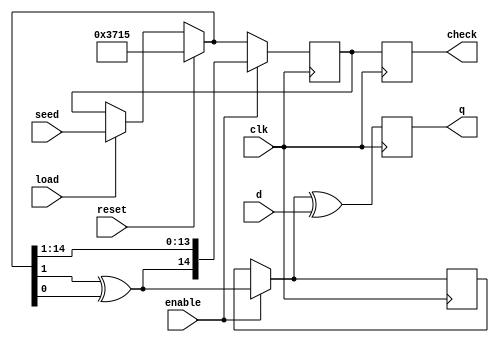
//*****************Randomizer**************************************
module Randomizer(input clk, input reset,input load,input wire[15:1] seed,input enable ,input d,output reg q,output reg[15:1]check);
reg [15:1] r_reg;
reg[15:1] r_next;
reg out;
initial begin 
r_reg=15'b011011100010101; //initialzed vector
end 
always @(posedge clk) 
begin
check=r_reg;
if(load) // if true , seed value that will be given in testbench will be set to r_reg
begin
r_reg=seed;
end
if(reset)
begin
r_reg=15'b011011100010101;
end
if(enable)
begin 
out=r_reg[2]^r_reg[1]; // 1,2 are bit [14] && bit[15] in sequence
r_next={out,r_reg[15:2]};
r_reg<=r_next;
end 
q=out^d;
end
endmodule
//******************Testbench************************************
module Randomizer_test_bench(check);
wire  q  ;
reg clk,reset,d,enable ;
output wire [15:1] check;

reg load; //should be reg to be change in initial begin block

reg [15:1] seed=15'b100100100100100;//initial value for the seed just for test , change it if you want

reg [96:1]hexaout; //The Data out in hexadecimal base
reg [96:1]hexain; //The Data in in hexadecimal base
localparam period=10;


Randomizer MB1(clk,reset,load,seed,enable,d,q,check);//calling randomizer module
always 
begin
#(period/2) clk=~clk;
end

initial begin 
$display(" time    r_reg          out  in  enable "); 

enable=0; //******NOTE******** "at this case because of enable=0, the data out will appear as " x" in transcript
 reset=1;
 clk=1;
 d=1;
hexain[96]=d;
//load=1;
$strobe(" %g     \t%b  \t%b  \t%b  \t%b  ",$time ,check,q,d,enable);
# (period) enable=1'b1; load=0; reset=0;
$strobe(" %g    \t%b  \t%b  \t%b  \t%b  ",$time ,check,q,d,enable);
#(period) d=1'b0;hexain[95]=d; //10
hexaout[96]=q;// the out (q )of the pervious time not the current
$strobe(" %g    \t%b  \t%b  \t%b  \t%b  ",$time ,check,q,d,enable);
# (period) d=1'b1; hexain[94]=d; //20
$strobe(" %g    \t%b  \t%b  \t%b  \t%b  ",$time ,check,q,d,enable);
hexaout[95]=q;
# (period) d=1'b0; hexain[93]=d; //30
$strobe(" %g    \t%b  \t%b  \t%b  \t%b  ",$time ,check,q,d,enable);
hexaout[94]=q;
//++++++++++++++++++++++++
# (period)  d=1'b1; hexain[92]=d;//40
$strobe(" %g    \t%b  \t%b  \t%b  \t%b  ",$time ,check,q,d,enable);
hexaout[93]=q;
# (period)  d=1'b1;hexain[91]=d; //50
$strobe(" %g    \t%b  \t%b  \t%b  \t%b  ",$time ,check,q,d,enable);
hexaout[92]=q;
# (period)  d=1'b0; hexain[90]=d;//60
$strobe(" %g    \t%b  \t%b  \t%b  \t%b  ",$time ,check,q,d,enable);
hexaout[91]=q;
# (period)  d=1'b0; hexain[89]=d; //70
$strobe(" %g    \t%b  \t%b  \t%b  \t%b  ",$time ,check,q,d,enable);
hexaout[90]=q;
//++++++++++++++++++++++++++
# (period)  d=1'b1; hexain[88]=d;//80
$strobe(" %g    \t%b  \t%b  \t%b  \t%b  ",$time ,check,q,d,enable);
hexaout[89]=q;
# (period)  d=1'b0; hexain[87]=d;//90
$strobe(" %g   \t%b  \t%b  \t%b  \t%b  ",$time ,check,q,d,enable);
hexaout[88]=q;
# (period)  d=1'b1; hexain[86]=d;//100
$strobe(" %g   \t%b  \t%b  \t%b  \t%b  ",$time ,check,q,d,enable);
hexaout[87]=q;
# (period)  d=1'b1;hexain[85]=d; //110
$strobe(" %g   \t%b  \t%b  \t%b  \t%b  ",$time ,check,q,d,enable);
hexaout[86]=q;
//++++++++++++++++++++++++=
# (period)  d=1'b1; hexain[84]=d;//120
$strobe(" %g   \t%b  \t%b  \t%b  \t%b  ",$time ,check,q,d,enable);
hexaout[85]=q;
# (period)  d=1'b1; hexain[83]=d; //130
$strobe(" %g   \t%b  \t%b  \t%b  \t%b  ",$time ,check,q,d,enable);
hexaout[84]=q;
# (period)  d=1'b0; hexain[82]=d;//140
$strobe(" %g   \t%b  \t%b  \t%b  \t%b  ",$time ,check,q,d,enable);
hexaout[83]=q;
# (period)  d=1'b0; hexain[81]=d; //150
$strobe(" %g   \t%b  \t%b  \t%b  \t%b  ",$time ,check,q,d,enable);
hexaout[82]=q;
//++++++++++++++++++++++=
# (period)  d=1'b1; hexain[80]=d;//160
$strobe(" %g   \t%b  \t%b  \t%b  \t%b  ",$time ,check,q,d,enable);
hexaout[81]=q;
# (period)  d=1'b1; hexain[79]=d; //170
$strobe(" %g   \t%b  \t%b  \t%b  \t%b  ",$time ,check,q,d,enable);
hexaout[80]=q;
# (period)  d=1'b0; hexain[78]=d;//180
$strobe(" %g   \t%b  \t%b  \t%b  \t%b  ",$time ,check,q,d,enable);
hexaout[79]=q;
# (period)  d=1'b1; hexain[77]=d;//190
$strobe(" %g   \t%b  \t%b  \t%b  \t%b  ",$time ,check,q,d,enable);
hexaout[78]=q;
//+++++++++++++++++++++++
# (period)  d=1'b0; hexain[76]=d;//200
$strobe(" %g   \t%b  \t%b  \t%b  \t%b  ",$time ,check,q,d,enable);
hexaout[77]=q;
# (period)  d=1'b0; hexain[75]=d;//210
$strobe(" %g   \t%b  \t%b  \t%b  \t%b  ",$time ,check,q,d,enable);
hexaout[76]=q;
# (period)  d=1'b1; hexain[74]=d;//220
$strobe(" %g   \t%b  \t%b  \t%b  \t%b  ",$time ,check,q,d,enable);
hexaout[75]=q;
# (period)  d=1'b0; hexain[73]=d; //230
$strobe(" %g   \t%b  \t%b  \t%b  \t%b  ",$time ,check,q,d,enable);
hexaout[74]=q;
//++++++++++++++++++++++++++
# (period)  d=1'b0; hexain[72]=d;//240
$strobe(" %g   \t%b  \t%b  \t%b  \t%b  ",$time ,check,q,d,enable);
hexaout[73]=q;
# (period)  d=1'b0; hexain[71]=d;//250
$strobe(" %g   \t%b  \t%b  \t%b  \t%b  ",$time ,check,q,d,enable);
hexaout[72]=q;
# (period)  d=1'b0; hexain[70]=d;//260
$strobe(" %g   \t%b  \t%b  \t%b  \t%b  ",$time ,check,q,d,enable);
hexaout[71]=q;
# (period)  d=1'b1; hexain[69]=d;//270
$strobe(" %g   \t%b  \t%b  \t%b  \t%b  ",$time ,check,q,d,enable);
hexaout[70]=q;
//+++++++++++++++++++++++

# (period)  d=1'b0;  hexain[68]=d; //280
$strobe(" %g   \t%b  \t%b  \t%b  \t%b  ",$time ,check,q,d,enable);
hexaout[69]=q;
# (period)  d=1'b0;  hexain[67]=d; //290
$strobe(" %g   \t%b  \t%b  \t%b  \t%b  ",$time ,check,q,d,enable);
hexaout[68]=q;
# (period)  d=1'b0; hexain[66]=d; //300
$strobe(" %g   \t%b  \t%b  \t%b  \t%b  ",$time ,check,q,d,enable);
hexaout[67]=q;
# (period)  d=1'b1;  hexain[65]=d;//310
$strobe(" %g   \t%b  \t%b  \t%b  \t%b  ",$time ,check,q,d,enable);
hexaout[66]=q;
//+++++++++++++++++++++++++
# (period)  d=1'b0;  hexain[64]=d;//320
$strobe(" %g   \t%b  \t%b  \t%b  \t%b  ",$time ,check,q,d,enable);
hexaout[65]=q;
# (period)  d=1'b1;  hexain[63]=d;//330
$strobe(" %g   \t%b  \t%b  \t%b  \t%b  ",$time ,check,q,d,enable);
hexaout[64]=q;
# (period)  d=1'b0;  hexain[62]=d;//340
$strobe(" %g   \t%b  \t%b  \t%b  \t%b  ",$time ,check,q,d,enable);
hexaout[63]=q;
# (period)  d=1'b0; hexain[61]=d; //350
$strobe(" %g   \t%b  \t%b  \t%b  \t%b  ",$time ,check,q,d,enable);
hexaout[62]=q;
//++++++++++++++++++++++++
# (period)  d=1'b1;  hexain[60]=d;//360
$strobe(" %g   \t%b  \t%b  \t%b  \t%b  ",$time ,check,q,d,enable);
hexaout[61]=q;
# (period)  d=1'b1;  hexain[59]=d;//370
$strobe(" %g   \t%b  \t%b  \t%b  \t%b  ",$time ,check,q,d,enable);
hexaout[60]=q;
# (period)  d=1'b0;  hexain[58]=d;//380
$strobe(" %g   \t%b  \t%b  \t%b  \t%b  ",$time ,check,q,d,enable);
hexaout[59]=q;
# (period)  d=1'b1;  hexain[57]=d;//390
$strobe(" %g   \t%b  \t%b  \t%b  \t%b  ",$time ,check,q,d,enable);
hexaout[58]=q;
//++++++++++++++++++++++++
# (period)  d=1'b1;  hexain[56]=d;//400
$strobe(" %g   \t%b  \t%b  \t%b  \t%b  ",$time ,check,q,d,enable);
hexaout[57]=q;
# (period)  d=1'b0;  hexain[55]=d;//410
$strobe(" %g   \t%b  \t%b  \t%b  \t%b  ",$time ,check,q,d,enable);
hexaout[56]=q;
# (period)  d=1'b1;  hexain[54]=d; //420
$strobe(" %g   \t%b  \t%b  \t%b  \t%b  ",$time ,check,q,d,enable);
hexaout[55]=q;
# (period)  d=1'b0;  hexain[53]=d;//430
$strobe(" %g   \t%b  \t%b  \t%b  \t%b  ",$time ,check,q,d,enable);
hexaout[54]=q;
//++++++++++++++++++++++++
# (period)  d=1'b1;  hexain[52]=d;//440
$strobe(" %g   \t%b  \t%b  \t%b  \t%b  ",$time ,check,q,d,enable);
hexaout[53]=q;
# (period)  d=1'b1;  hexain[51]=d;//450
$strobe(" %g   \t%b  \t%b  \t%b  \t%b  ",$time ,check,q,d,enable);
hexaout[52]=q;
# (period)  d=1'b1;  hexain[50]=d;//460
$strobe(" %g   \t%b  \t%b  \t%b  \t%b  ",$time ,check,q,d,enable);
hexaout[51]=q;
# (period)  d=1'b0;  hexain[49]=d;//470
$strobe(" %g   \t%b  \t%b  \t%b  \t%b  ",$time ,check,q,d,enable);
hexaout[50]=q;
//++++++++++++++++++++++++
# (period)  d=1'b0; hexain[48]=d;//480
$strobe(" %g   \t%b  \t%b  \t%b  \t%b  ",$time ,check,q,d,enable);
hexaout[49]=q;
# (period)  d=1'b0; hexain[47]=d;//490
$strobe(" %g   \t%b  \t%b  \t%b  \t%b  ",$time ,check,q,d,enable);
hexaout[48]=q;
# (period)  d=1'b0; hexain[46]=d;//500
$strobe(" %g   \t%b  \t%b  \t%b  \t%b  ",$time ,check,q,d,enable);
hexaout[47]=q;
# (period)  d=1'b1; hexain[45]=d; //510
$strobe(" %g   \t%b  \t%b  \t%b  \t%b  ",$time ,check,q,d,enable);
hexaout[46]=q;
//++++++++++++++++++++++++
# (period)  d=1'b0; hexain[44]=d;//520
$strobe(" %g   \t%b  \t%b  \t%b  \t%b  ",$time ,check,q,d,enable);
hexaout[45]=q;
# (period)  d=1'b1; hexain[43]=d; //530
$strobe(" %g   \t%b  \t%b  \t%b  \t%b  ",$time ,check,q,d,enable);
hexaout[44]=q;
# (period)  d=1'b0; hexain[42]=d;//540
$strobe(" %g   \t%b  \t%b  \t%b  \t%b  ",$time ,check,q,d,enable);
hexaout[43]=q;
# (period)  d=1'b1; hexain[41]=d;//550
$strobe(" %g   \t%b  \t%b  \t%b  \t%b  ",$time ,check,q,d,enable);
hexaout[42]=q;
//++++++++++++++++++++++++
# (period)  d=1'b0; hexain[40]=d;//560
$strobe(" %g   \t%b  \t%b  \t%b  \t%b  ",$time ,check,q,d,enable);
hexaout[41]=q;
# (period)  d=1'b1; hexain[39]=d; //570
$strobe(" %g   \t%b  \t%b  \t%b  \t%b  ",$time ,check,q,d,enable);
hexaout[40]=q;
# (period)  d=1'b1; hexain[38]=d; //580
$strobe(" %g   \t%b  \t%b  \t%b  \t%b  ",$time ,check,q,d,enable);
hexaout[39]=q;
# (period)  d=1'b1; hexain[37]=d; //590
$strobe(" %g   \t%b  \t%b  \t%b  \t%b  ",$time ,check,q,d,enable);
hexaout[38]=q;
//++++++++++++++++++++++++
# (period)  d=1'b0; hexain[36]=d;//600
$strobe(" %g   \t%b  \t%b  \t%b  \t%b  ",$time ,check,q,d,enable);
hexaout[37]=q;
# (period)  d=1'b1; hexain[35]=d;//610
$strobe(" %g   \t%b  \t%b  \t%b  \t%b  ",$time ,check,q,d,enable);
hexaout[36]=q;
# (period)  d=1'b1; hexain[34]=d; //620
$strobe(" %g   \t%b  \t%b  \t%b  \t%b  ",$time ,check,q,d,enable);
hexaout[35]=q;
# (period)  d=1'b1;hexain[33]=d; //630
$strobe(" %g   \t%b  \t%b  \t%b  \t%b  ",$time ,check,q,d,enable);
hexaout[34]=q;
//++++++++++++++++++++++++
# (period)  d=1'b1; hexain[32]=d;//640
$strobe(" %g   \t%b  \t%b  \t%b  \t%b  ",$time ,check,q,d,enable);
hexaout[33]=q;
# (period)  d=1'b1; hexain[31]=d; //650
$strobe(" %g   \t%b  \t%b  \t%b  \t%b  ",$time ,check,q,d,enable);
hexaout[32]=q;
# (period)  d=1'b0; hexain[30]=d;//660
$strobe(" %g   \t%b  \t%b  \t%b  \t%b  ",$time ,check,q,d,enable);
hexaout[31]=q;
# (period)  d=1'b0; hexain[29]=d;//670
$strobe(" %g   \t%b  \t%b  \t%b  \t%b  ",$time ,check,q,d,enable);
hexaout[30]=q;
//++++++++++++++++++++++++
# (period)  d=1'b0;  hexain[28]=d;//680
$strobe(" %g   \t%b  \t%b  \t%b  \t%b  ",$time ,check,q,d,enable);
hexaout[29]=q;
# (period)  d=1'b1; hexain[27]=d;//690
$strobe(" %g   \t%b  \t%b  \t%b  \t%b  ",$time ,check,q,d,enable);
hexaout[28]=q;
# (period)  d=1'b1; hexain[26]=d;//700
$strobe(" %g   \t%b  \t%b  \t%b  \t%b  ",$time ,check,q,d,enable);
hexaout[27]=q;
# (period)  d=1'b0; hexain[25]=d;//710
$strobe(" %g   \t%b  \t%b  \t%b  \t%b  ",$time ,check,q,d,enable);
hexaout[26]=q;
//++++++++++++++++++++++++
# (period)  d=1'b1; hexain[24]=d;//720
$strobe(" %g   \t%b  \t%b  \t%b  \t%b  ",$time ,check,q,d,enable);
hexaout[25]=q;
# (period)  d=1'b1; hexain[23]=d;//730
$strobe(" %g   \t%b  \t%b  \t%b  \t%b  ",$time ,check,q,d,enable);
hexaout[24]=q;
# (period)  d=1'b0; hexain[22]=d;//740
$strobe(" %g   \t%b  \t%b  \t%b  \t%b  ",$time ,check,q,d,enable);
hexaout[23]=q;
# (period)  d=1'b1; hexain[21]=d;//750
$strobe(" %g   \t%b  \t%b  \t%b  \t%b  ",$time ,check,q,d,enable);
hexaout[22]=q;
//++++++++++++++++++++++++
# (period)  d=1'b1; hexain[20]=d;//760
$strobe(" %g   \t%b  \t%b  \t%b  \t%b  ",$time ,check,q,d,enable);
hexaout[21]=q;
# (period)  d=1'b0; hexain[19]=d;//780
$strobe(" %g   \t%b  \t%b  \t%b  \t%b  ",$time ,check,q,d,enable);
hexaout[20]=q;
# (period)  d=1'b1; hexain[18]=d;//790
$strobe(" %g   \t%b  \t%b  \t%b  \t%b  ",$time ,check,q,d,enable);
hexaout[19]=q;
# (period)  d=1'b1; hexain[17]=d;//800
$strobe(" %g   \t%b  \t%b  \t%b  \t%b  ",$time ,check,q,d,enable);
hexaout[18]=q;
//++++++++++++++++++++++++
# (period)  d=1'b1; hexain[16]=d;//810
$strobe(" %g   \t%b  \t%b  \t%b  \t%b  ",$time ,check,q,d,enable);
hexaout[17]=q;
# (period)  d=1'b1; hexain[15]=d; //820
$strobe(" %g   \t%b  \t%b  \t%b  \t%b  ",$time ,check,q,d,enable);
hexaout[16]=q;
# (period)  d=1'b1;  hexain[14]=d;//830
$strobe(" %g   \t%b  \t%b  \t%b  \t%b  ",$time ,check,q,d,enable);
hexaout[15]=q;
# (period)  d=1'b1; hexain[13]=d;//840
$strobe(" %g   \t%b  \t%b  \t%b  \t%b  ",$time ,check,q,d,enable);
hexaout[14]=q;
//++++++++++++++++++++++++
# (period)  d=1'b0; hexain[12]=d;//850
$strobe(" %g   \t%b  \t%b  \t%b  \t%b  ",$time ,check,q,d,enable);
hexaout[13]=q;
# (period)  d=1'b1; hexain[11]=d;//860
$strobe(" %g   \t%b  \t%b  \t%b  \t%b  ",$time ,check,q,d,enable);
hexaout[12]=q;
# (period)  d=1'b0; hexain[10]=d;//870
$strobe(" %g   \t%b  \t%b  \t%b  \t%b  ",$time ,check,q,d,enable);
hexaout[11]=q;
# (period)  d=1'b0; hexain[9]=d;//880
$strobe(" %g   \t%b  \t%b  \t%b  \t%b  ",$time ,check,q,d,enable);
hexaout[10]=q;
//++++++++++++++++++++++++
# (period)  d=1'b1; hexain[8]=d;//890
$strobe(" %g   \t%b  \t%b  \t%b  \t%b  ",$time ,check,q,d,enable);
hexaout[9]=q;
# (period)  d=1'b1; hexain[7]=d;//900
$strobe(" %g   \t%b  \t%b  \t%b  \t%b  ",$time ,check,q,d,enable);
hexaout[8]=q;
# (period)  d=1'b0; hexain[6]=d;//910
$strobe(" %g   \t%b  \t%b  \t%b  \t%b  ",$time ,check,q,d,enable);
hexaout[7]=q;
# (period)  d=1'b0; hexain[5]=d;//920
$strobe(" %g   \t%b  \t%b  \t%b  \t%b  ",$time ,check,q,d,enable);
hexaout[6]=q;
//++++++++++++++++++++++++
# (period)  d=1'b1; hexain[4]=d;//930
$strobe(" %g   \t%b  \t%b  \t%b  \t%b  ",$time ,check,q,d,enable);
hexaout[5]=q;
# (period)  d=1'b0; hexain[3]=d;//940
$strobe(" %g   \t%b  \t%b  \t%b  \t%b  ",$time ,check,q,d,enable);
hexaout[4]=q;
# (period)  d=1'b0; hexain[2]=d; //950
$strobe(" %g   \t%b  \t%b  \t%b  \t%b  ",$time ,check,q,d,enable);
hexaout[3]=q;
# (period)  d=1'b1;  hexain[1]=d;//960
$strobe(" %g   \t%b  \t%b  \t%b  \t%b  ",$time ,check,q,d,enable);
hexaout[2]=q;
//++++++++++++++++++++++++
#5
hexaout[1]=q;
$display(" ***********************************************************");
$display("                                                            ");
$display("the hexadecimal DataIn :%h%h %h%h %h%h %h%h %h%h %h%h %h%h %h%h %h%h %h%h %h%h %h%h",hexain[96:93],hexain[92:89]
,hexain[88:85],hexain[84:81],hexain[80:77],hexain[76:73],hexain[72:69]
,hexain[68:65],hexain[64:61],hexain[60:57],hexain[56:53],hexain[52:49]
,hexain[48:45],hexain[44:41],hexain[40:37],hexain[36:33],hexain[32:29]
,hexain[28:25],hexain[24:21],hexain[20:17],hexain[16:13],hexain[12:9]
,hexain[8:5],hexain[4:1]);
$display("                                                              ");
$display(" *****************************//******************************");
$display("                                                              ");
$display("the hexadecimal DataOut :%h%h %h%h %h%h %h%h %h%h %h%h %h%h %h%h %h%h %h%h %h%h %h%h",hexaout[96:93],hexaout[92:89]
,hexaout[88:85],hexaout[84:81],hexaout[80:77],hexaout[76:73],hexaout[72:69]
,hexaout[68:65],hexaout[64:61],hexaout[60:57],hexaout[56:53],hexaout[52:49]
,hexaout[48:45],hexaout[44:41],hexaout[40:37],hexaout[36:33],hexaout[32:29]
,hexaout[28:25],hexaout[24:21],hexaout[20:17],hexaout[16:13],hexaout[12:9]
,hexaout[8:5],hexaout[4:1]);
$display("                                                              ");
$display(" *****************************//******************************");
$finish;
end

endmodule